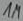
Text: 1M